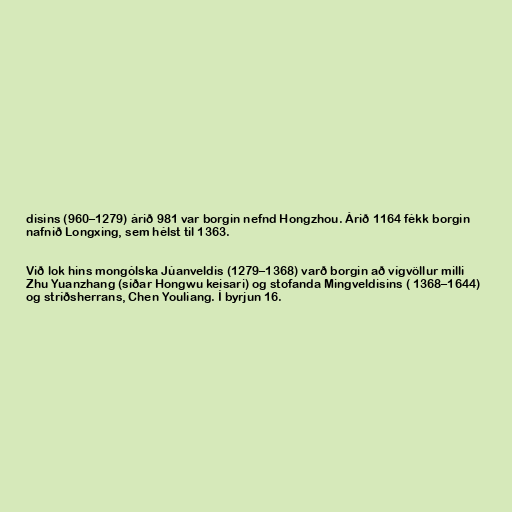
disins (960–1279) árið 981 var borgin nefnd Hongzhou. Árið 1164 fékk borgin
nafnið Longxing, sem hélst til 1363.

Við lok hins mongólska Júanveldis (1279–1368) varð borgin að vígvöllur milli
Zhu Yuanzhang (síðar Hongwu keisari) og stofanda Mingveldisins ( 1368–1644)
og stríðsherrans, Chen Youliang. Í byrjun 16.